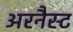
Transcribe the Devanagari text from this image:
अरनैस्ट